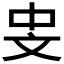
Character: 𪯡